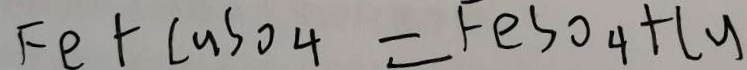
F e + C u S O _ { 4 } = A F e S O _ { 4 } + C u